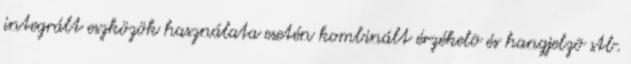
integrált eszközök használata esetén kombinált érzékelõ és hangjelzõ stb.